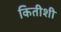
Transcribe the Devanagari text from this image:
कितीशी